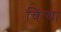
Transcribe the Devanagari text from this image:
चित्या